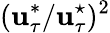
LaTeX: (\mathbf{u}_{\tau}^{*}/\mathbf{u}_{\tau}^{\star})^{2}